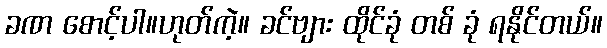
ခဏ စောင့်ပါ။ဟုတ်ကဲ့။ ခင်ဗျား ထိုင်ခုံ တစ် ခုံ ရနိုင်တယ်။